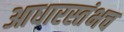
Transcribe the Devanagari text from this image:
आधारस्तंभच